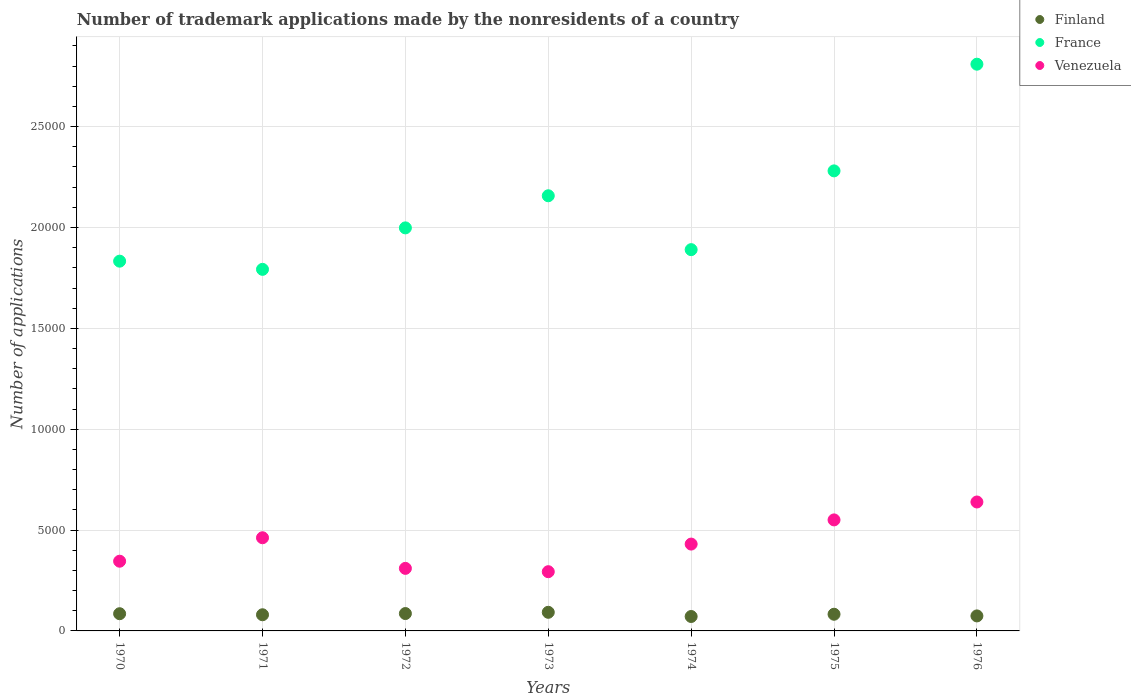
| Years | Finland | France | Venezuela |
 | --- | --- | --- | --- |
 | 1970 | 853 | 1.83e+04 | 3.46e+03 |
 | 1971 | 801 | 1.79e+04 | 4.62e+03 |
 | 1972 | 861 | 2e+04 | 3.1e+03 |
 | 1973 | 923 | 2.16e+04 | 2.94e+03 |
 | 1974 | 715 | 1.89e+04 | 4.30e+03 |
 | 1975 | 827 | 2.28e+04 | 5.5e+03 |
 | 1976 | 744 | 2.81e+04 | 6.39e+03 |